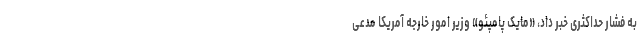
به فشار حداکثری خبر داد، «مایک پامپئو» وزیر امور خارجه آمریکا مدعی